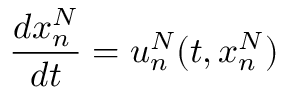
\frac { d x _ { n } ^ { N } } { d t } = u _ { n } ^ { N } ( t , x _ { n } ^ { N } )